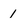
Character: 1